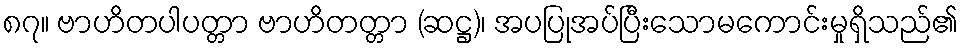
၈၇။ ဗာဟိတပါပတ္တာ ဗာဟိတတ္တာ (ဆဋ္ဌ)၊ အပပြုအပ်ပြီးသောမကောင်းမှုရှိသည်၏